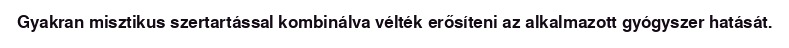
Gyakran misztikus szertartással kombinálva vélték erősíteni az alkalmazott gyógyszer hatását.